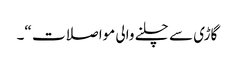
گاڑی سے چلنے والی مواصلات “۔